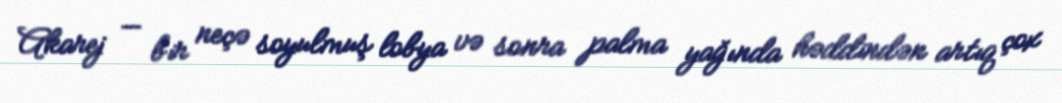
Akarej — bir neçə soyulmuş lobya və sonra palma yağında həddindən artıq çox